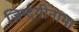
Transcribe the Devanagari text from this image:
ज़िन्दगीनामा